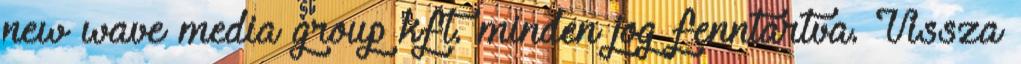
new wave media group kft. minden jog fenntartva. Vissza